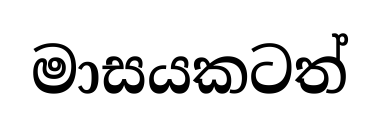
මාසයකටත්